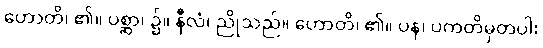
ဟောတိ၊ ၏။ ပစ္ဆာ၊ ၌။ နီလံ၊ ညိုသည်။ ဟောတိ၊ ၏။ ပန၊ ပကတိမှတပါး